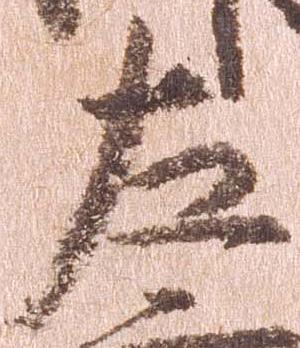
左